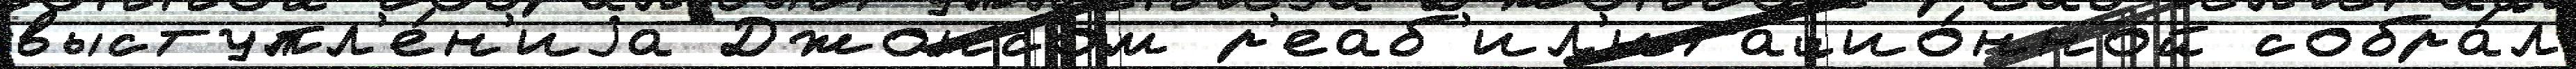
выступл'е́н'иjа Джонсом р'еаб'ил'итацио́нной собра́л